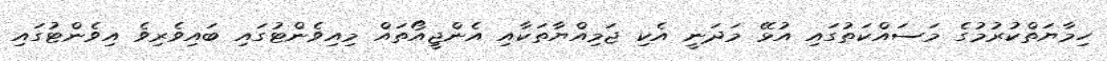
ހިމާޔަތްކުރުމުގެ މަސައްކަތުގައި އުޅޭ މަދަނީ އެކި ޖަމިއްޔާތަކާއި އެންޖީއޯތައް މިއިވެންޓުގައި ބައިވެރިވެ އިވެންޓުގައި